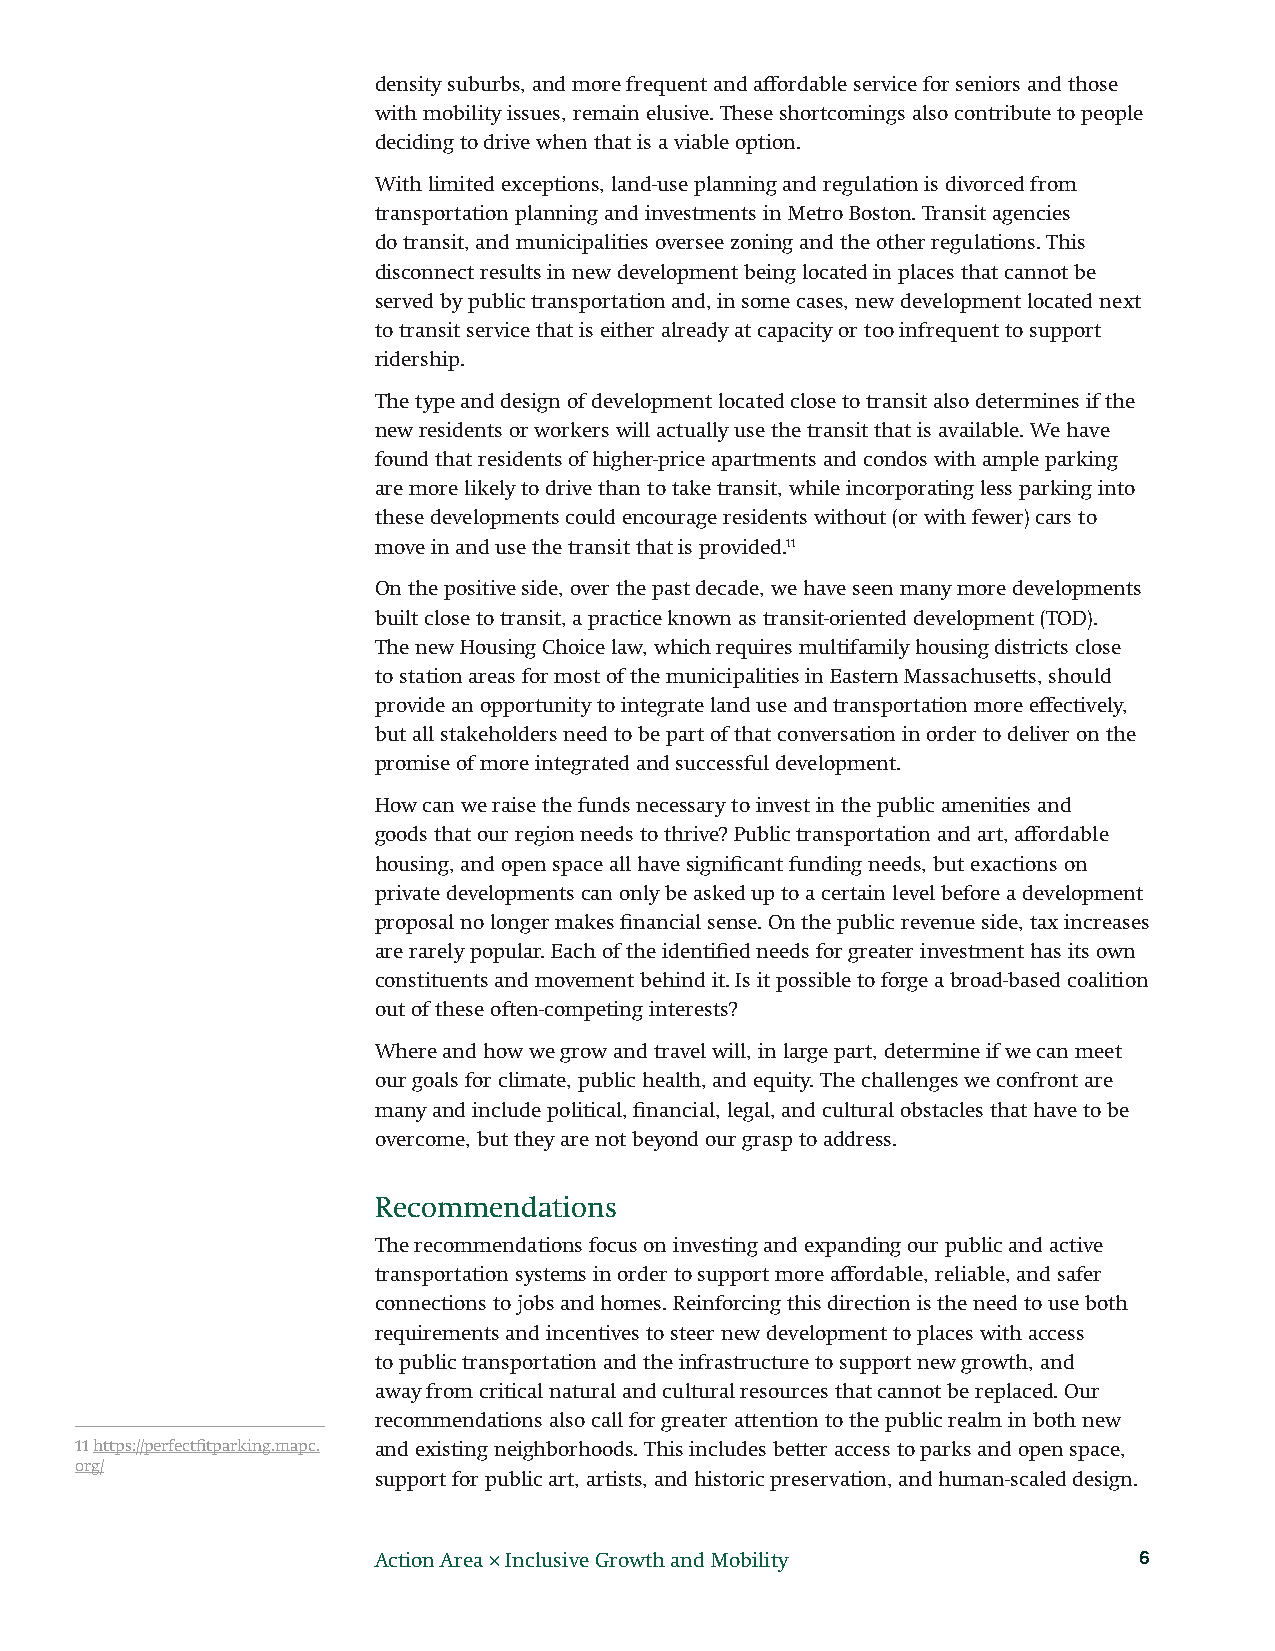
density suburbs, and more frequent and affordable service for seniors and those
 with mobility issues, remain elusive. These shortcomings also contribute to people
 deciding to drive when that is a viable option.
 With limited exceptions, land-use planning and regulation is divorced from
 transportation planning and investments in Metro Boston. Transit agencies
 do transit, and municipalities oversee zoning and the other regulations. This
 disconnect results in new development being located in places that cannot be
 served by public transportation and, in some cases, new development located next
 to transit service that is either already at capacity or too infrequent to support
 ridership.
 The type and design of development located close to transit also determines if the
 new residents or workers will actually use the transit that is available. We have
 found that residents of higher-price apartments and condos with ample parking
 are more likely to drive than to take transit, while incorporating less parking into
 these developments could encourage residents without (or with fewer) cars to
 move in and use the transit that is provided.11
 On the positive side, over the past decade, we have seen many more developments
 built close to transit, a practice known as transit-oriented development (TOD).
 The new Housing Choice law, which requires multifamily housing districts close
 to station areas for most of the municipalities in Eastern Massachusetts, should
 provide an opportunity to integrate land use and transportation more effectively,
 but all stakeholders need to be part of that conversation in order to deliver on the
 promise of more integrated and successful development.
 How can we raise the funds necessary to invest in the public amenities and
 goods that our region needs to thrive? Public transportation and art, affordable
 housing, and open space all have significant funding needs, but exactions on
 private developments can only be asked up to a certain level before a development
 proposal no longer makes financial sense. On the public revenue side, tax increases
 are rarely popular. Each of the identified needs for greater investment has its own
 constituents and movement behind it. Is it possible to forge a broad-based coalition
 out of these often-competing interests?
 Where and how we grow and travel will, in large part, determine if we can meet
 our goals for climate, public health, and equity. The challenges we confront are
 many and include political, financial, legal, and cultural obstacles that have to be
 overcome, but they are not beyond our grasp to address.
 Recommendations
 The recommendations focus on investing and expanding our public and active
 transportation systems in order to support more affordable, reliable, and safer
 connections to jobs and homes. Reinforcing this direction is the need to use both
 requirements and incentives to steer new development to places with access
 to public transportation and the infrastructure to support new growth, and
 away from critical natural and cultural resources that cannot be replaced. Our
 recommendations also call for greater attention to the public realm in both new
 11 https://perfectfitparking.mapc. and existing neighborhoods. This includes better access to parks and open space,
 org/
 support for public art, artists, and historic preservation, and human-scaled design.
 Action Area × Inclusive Growth and Mobility       6